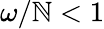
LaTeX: \omega/\mathbb{N}<1